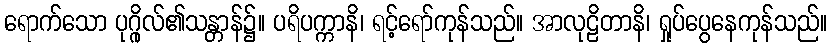
ရောက်သော ပုဂ္ဂိုလ်၏သန္တာန်၌။ ပရိပက္ကာနိ၊ ရင့်ရော်ကုန်သည်။ အာလုဠိတာနိ၊ ရှုပ်ပွေနေကုန်သည်။